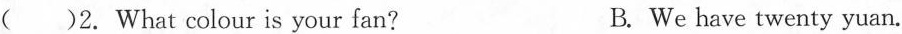
( )2. What colour is your fan? B.We have twenty yuan.